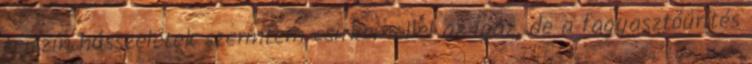
tejszín hússzeletek szerintem csirkemellel az igaz, de a fagyasztóürítés